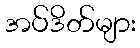
အပ်ဒိတ်များ